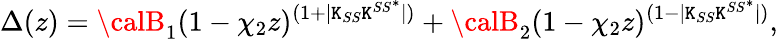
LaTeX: \Delta(z)={\calB}_{1}(1-\chi_{2}z)^{(1+|\mathtt{K}_{SS}\mathtt{K}^{SS^{*}}|)}+{\calB}_{2}(1-\chi_{2}z)^{(1-|\mathtt{K}_{SS}\mathtt{K}^{SS^{*}}|)},